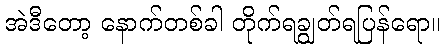
အဲဒီတော့ နောက်တစ်ခါ တိုက်ရချွတ်ရပြန်ရော။